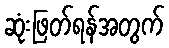
ဆုံးဖြတ်ရန်အတွက်